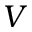
V